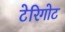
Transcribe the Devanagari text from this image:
टेरिगोट